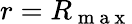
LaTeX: r=R_{\mathrm{~m~a~x~}}